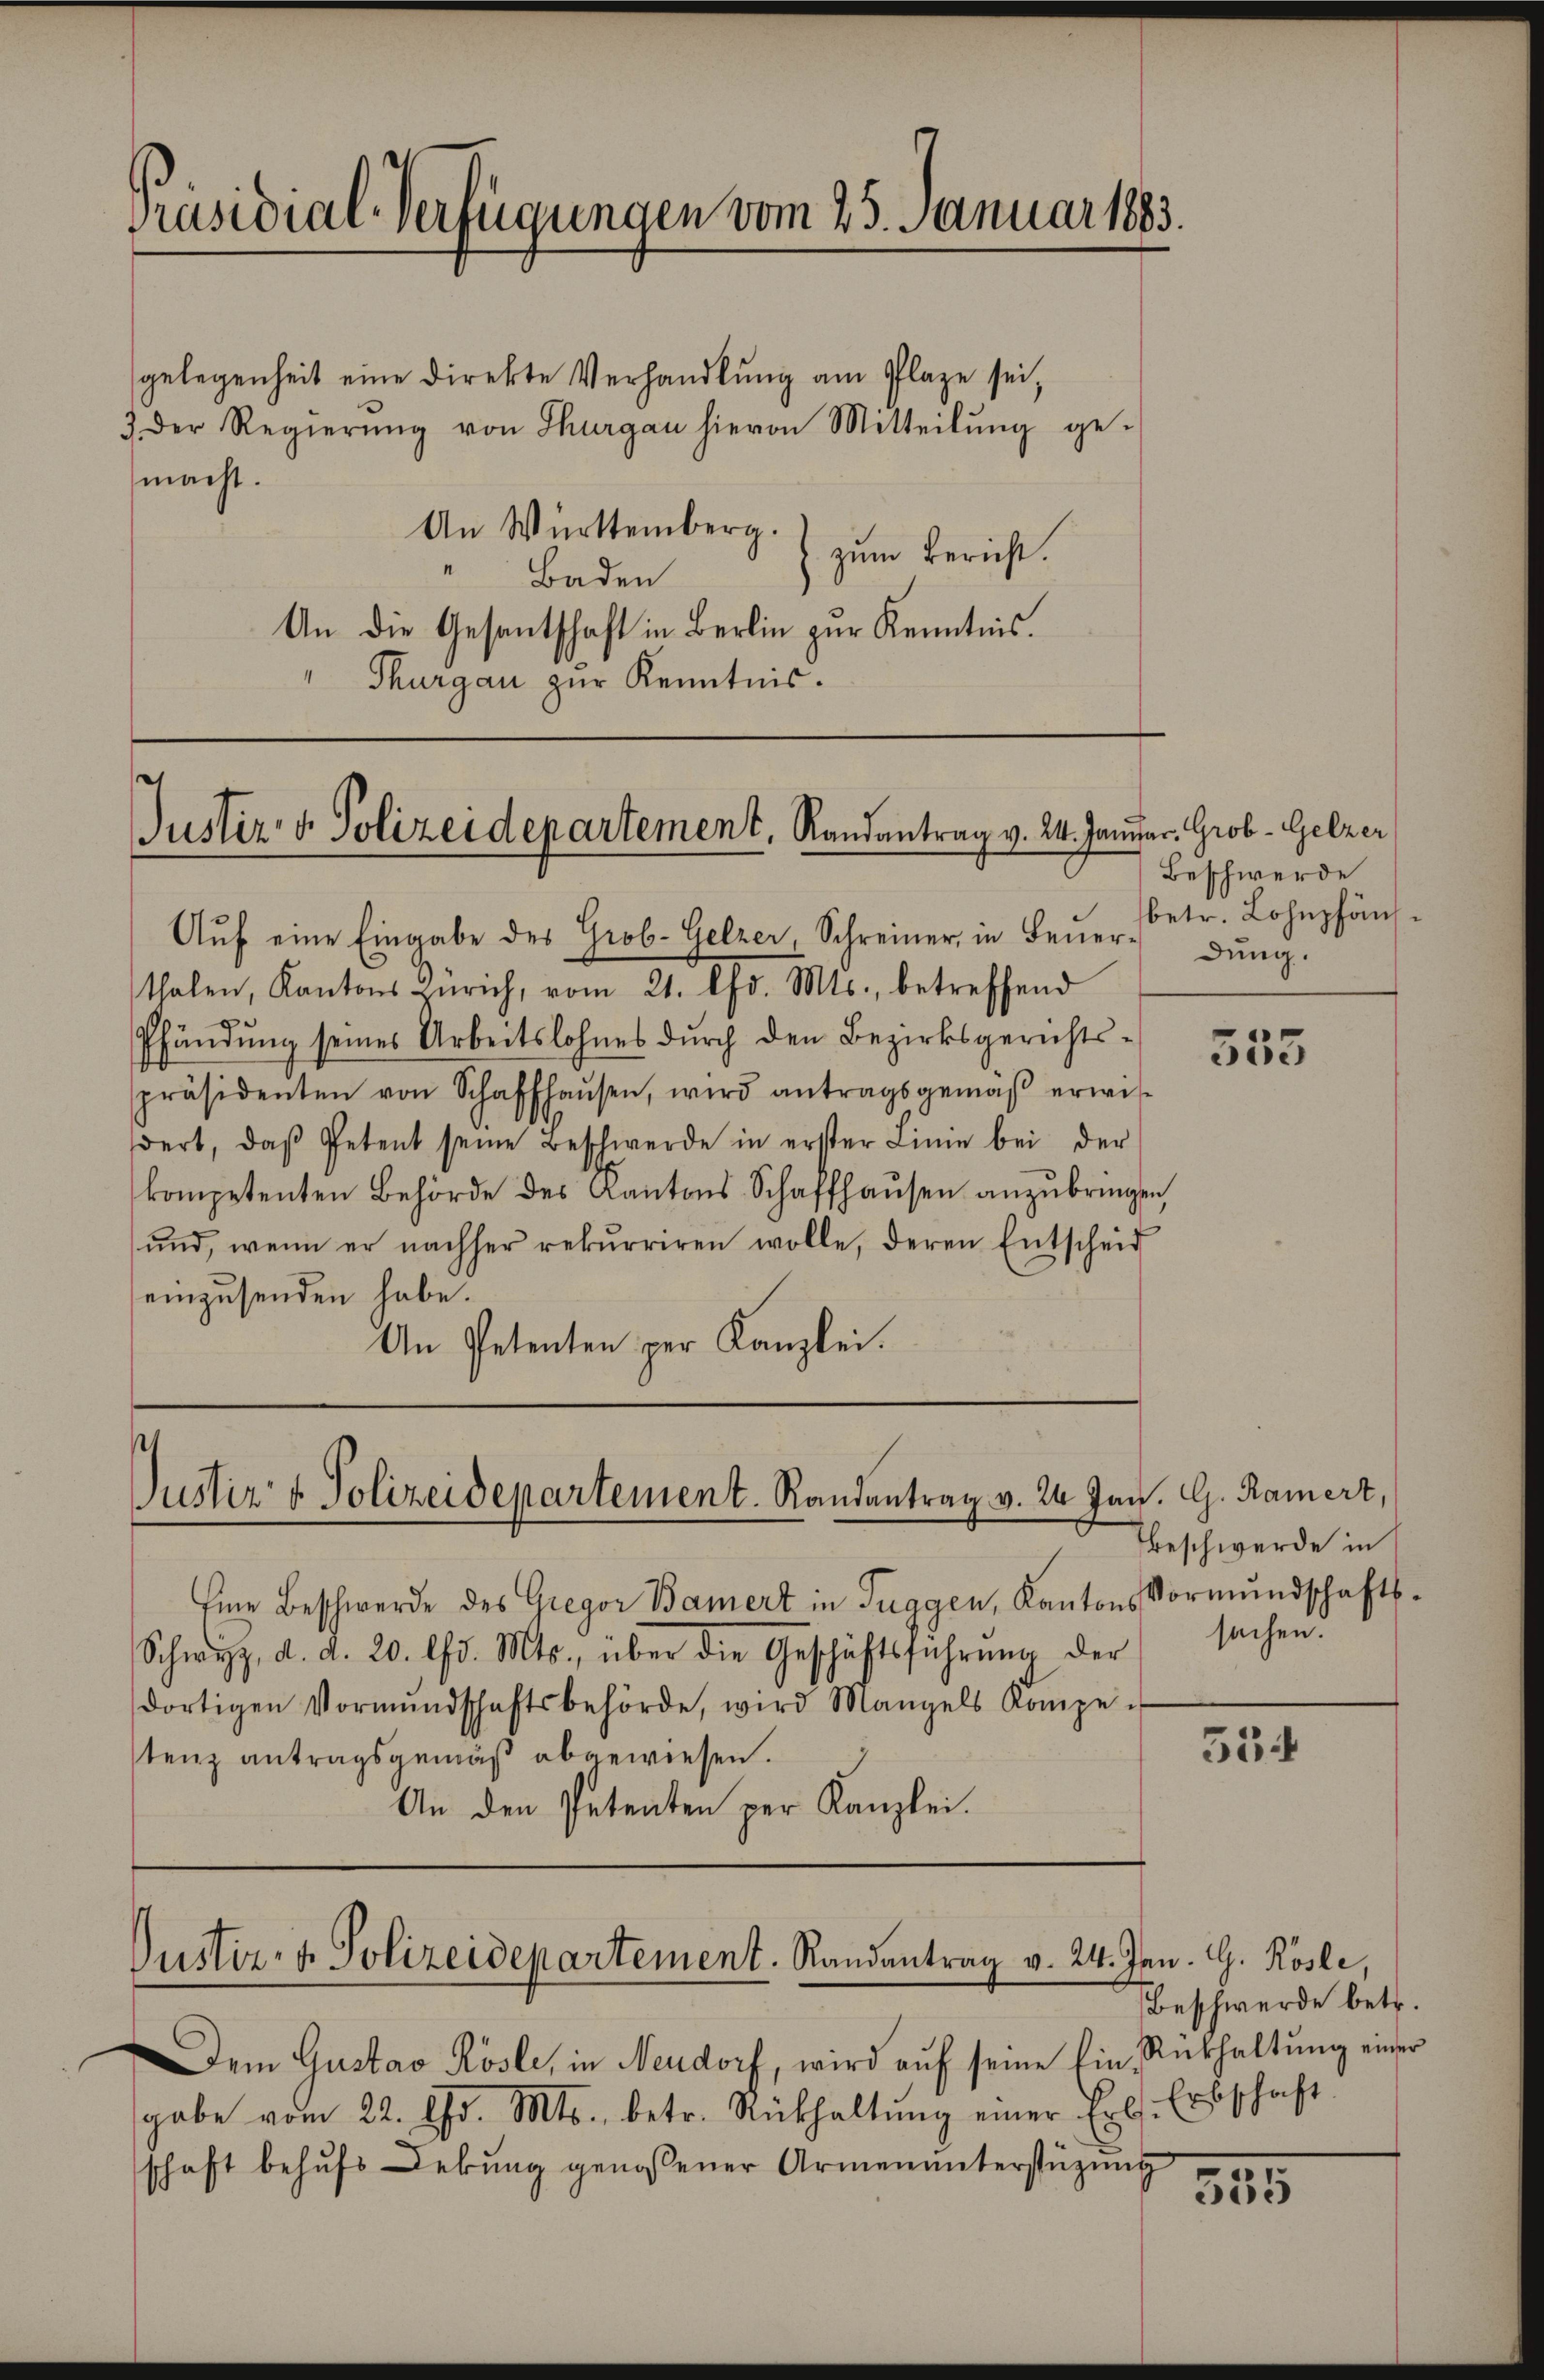
Präsidial-Verfügungen vom 25. Januar 1883

gelegenheit eine Direkte Verhandlung am Plaze sei,
3 der Regierŭng von Thurgau hievon Mitteilŭng ge-
macht.
An Württemberg.
zum Bericht.
1
Baden
An die Gesantschaft in Berlin zur Kenntnis.
Thurgau zur Kenntnis.

Justiz- & Polizeidepartement, Randantrag v. 24. Januar. Grob- Gelzer

Auf eine Eingabe des Grob-Gelzer, Schreiner, in Feuer
thalen, Kantons Zürich, vom 21. lfd. Mts., betreffend
Pfändung seines Arbeitslohnes durch den Bezirksgerichtspräsidenten von Schaffhaŭsen, wird antragsgemäβ erwis-
dert, daβ Petent seine Beschwerde in erster Linie bei der
kompetenten Behörde des Kantons Schaffhaŭsen anzubringen,
ŭnd, wenn er nachher rekurriren wolle, deren Entscheid
einzusenden habe.
An Petenten per Kanzlei.

Justiz & Polizeidepartement. Randantrag v. 24 Jan. G. Kamert,

Eine Beschwerde des Gregor Bamert in Tuggen, Kantons Vormundschafts¬
Schwyz, d. d. 20. lfd. Mts., über die Geschäftsführŭng der
dortigen Vormŭndschaftsbehörde, wird Mangels Kompe u
554
stenz antragsgemäß abgewiesen.
An den Petenten per Kanzlei.

Justiz- & Polizeidepartement. Randantrag v. 24. Jan. G. Rösle.

Dem Gustav Rösle, in Neudorf, wird aŭf seine Ein Rückhaltung einer
gabe vom 22. Chr. Mts. betr. Rückhaltŭng einer Erls. Erbschaft
schaft behŭfs Lebŭng genossener Armenunterstüzung

Beschwerde
betr. Lohnphänsdung.

553

beschwerde in
sachen.

Beschwerde betr.

555